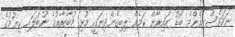
ނަމަވެސް އެންމެ ބޮޑު ހައިރާން ކަމެއް ލިބިގެންދިޔައީ މުޅި މުބާރާތުގެ ނުބަލައި ކިޔުމުގެ